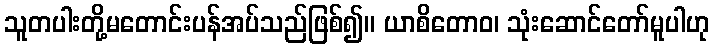
သူတပါးတို့မတောင်းပန်အပ်သည်ဖြစ်၍။ ယာစိတောဝ၊ သုံးဆောင်တော်မူပါဟု